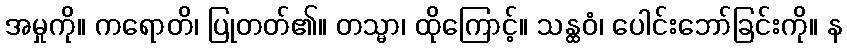
အမှုကို။ ကရောတိ၊ ပြုတတ်၏။ တသ္မာ၊ ထိုကြောင့်။ သန္ထဝံ၊ ပေါင်းဘော်ခြင်းကို။ န